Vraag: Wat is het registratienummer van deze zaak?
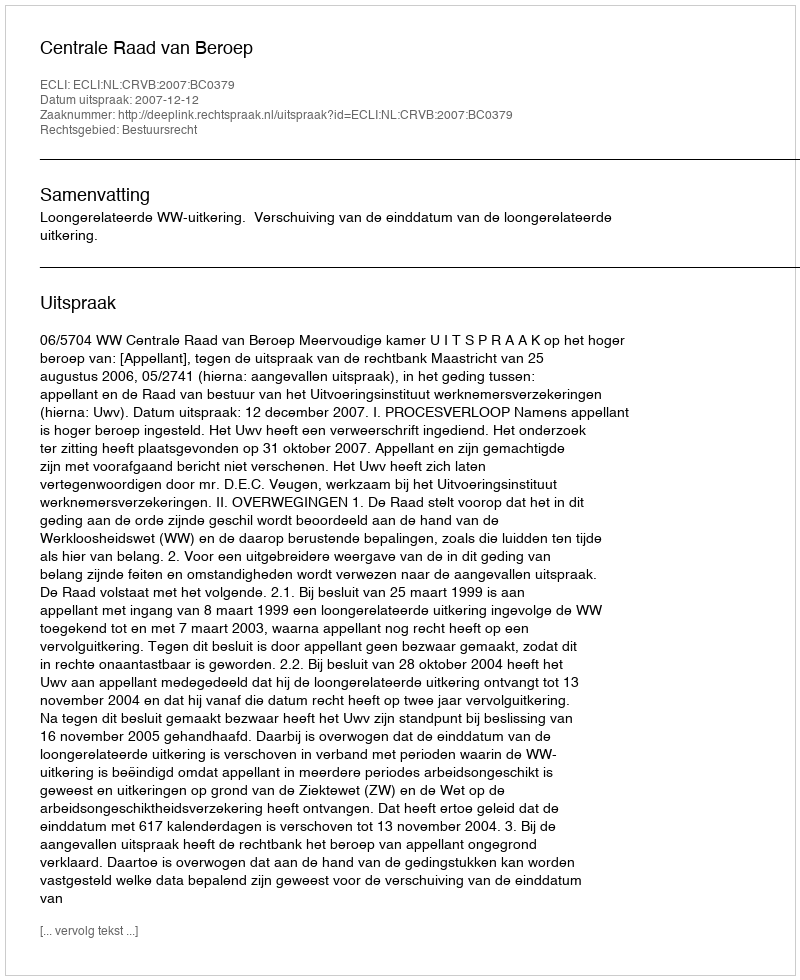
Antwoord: http://deeplink.rechtspraak.nl/uitspraak?id=ECLI:NL:CRVB:2007:BC0379